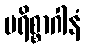
ပရိစ္စာဂါနံ